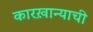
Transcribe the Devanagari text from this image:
कारख़ान्याची